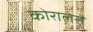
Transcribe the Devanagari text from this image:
कोरालेस